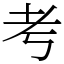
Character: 考